kultuurilooline_kollektsioon, lk 24
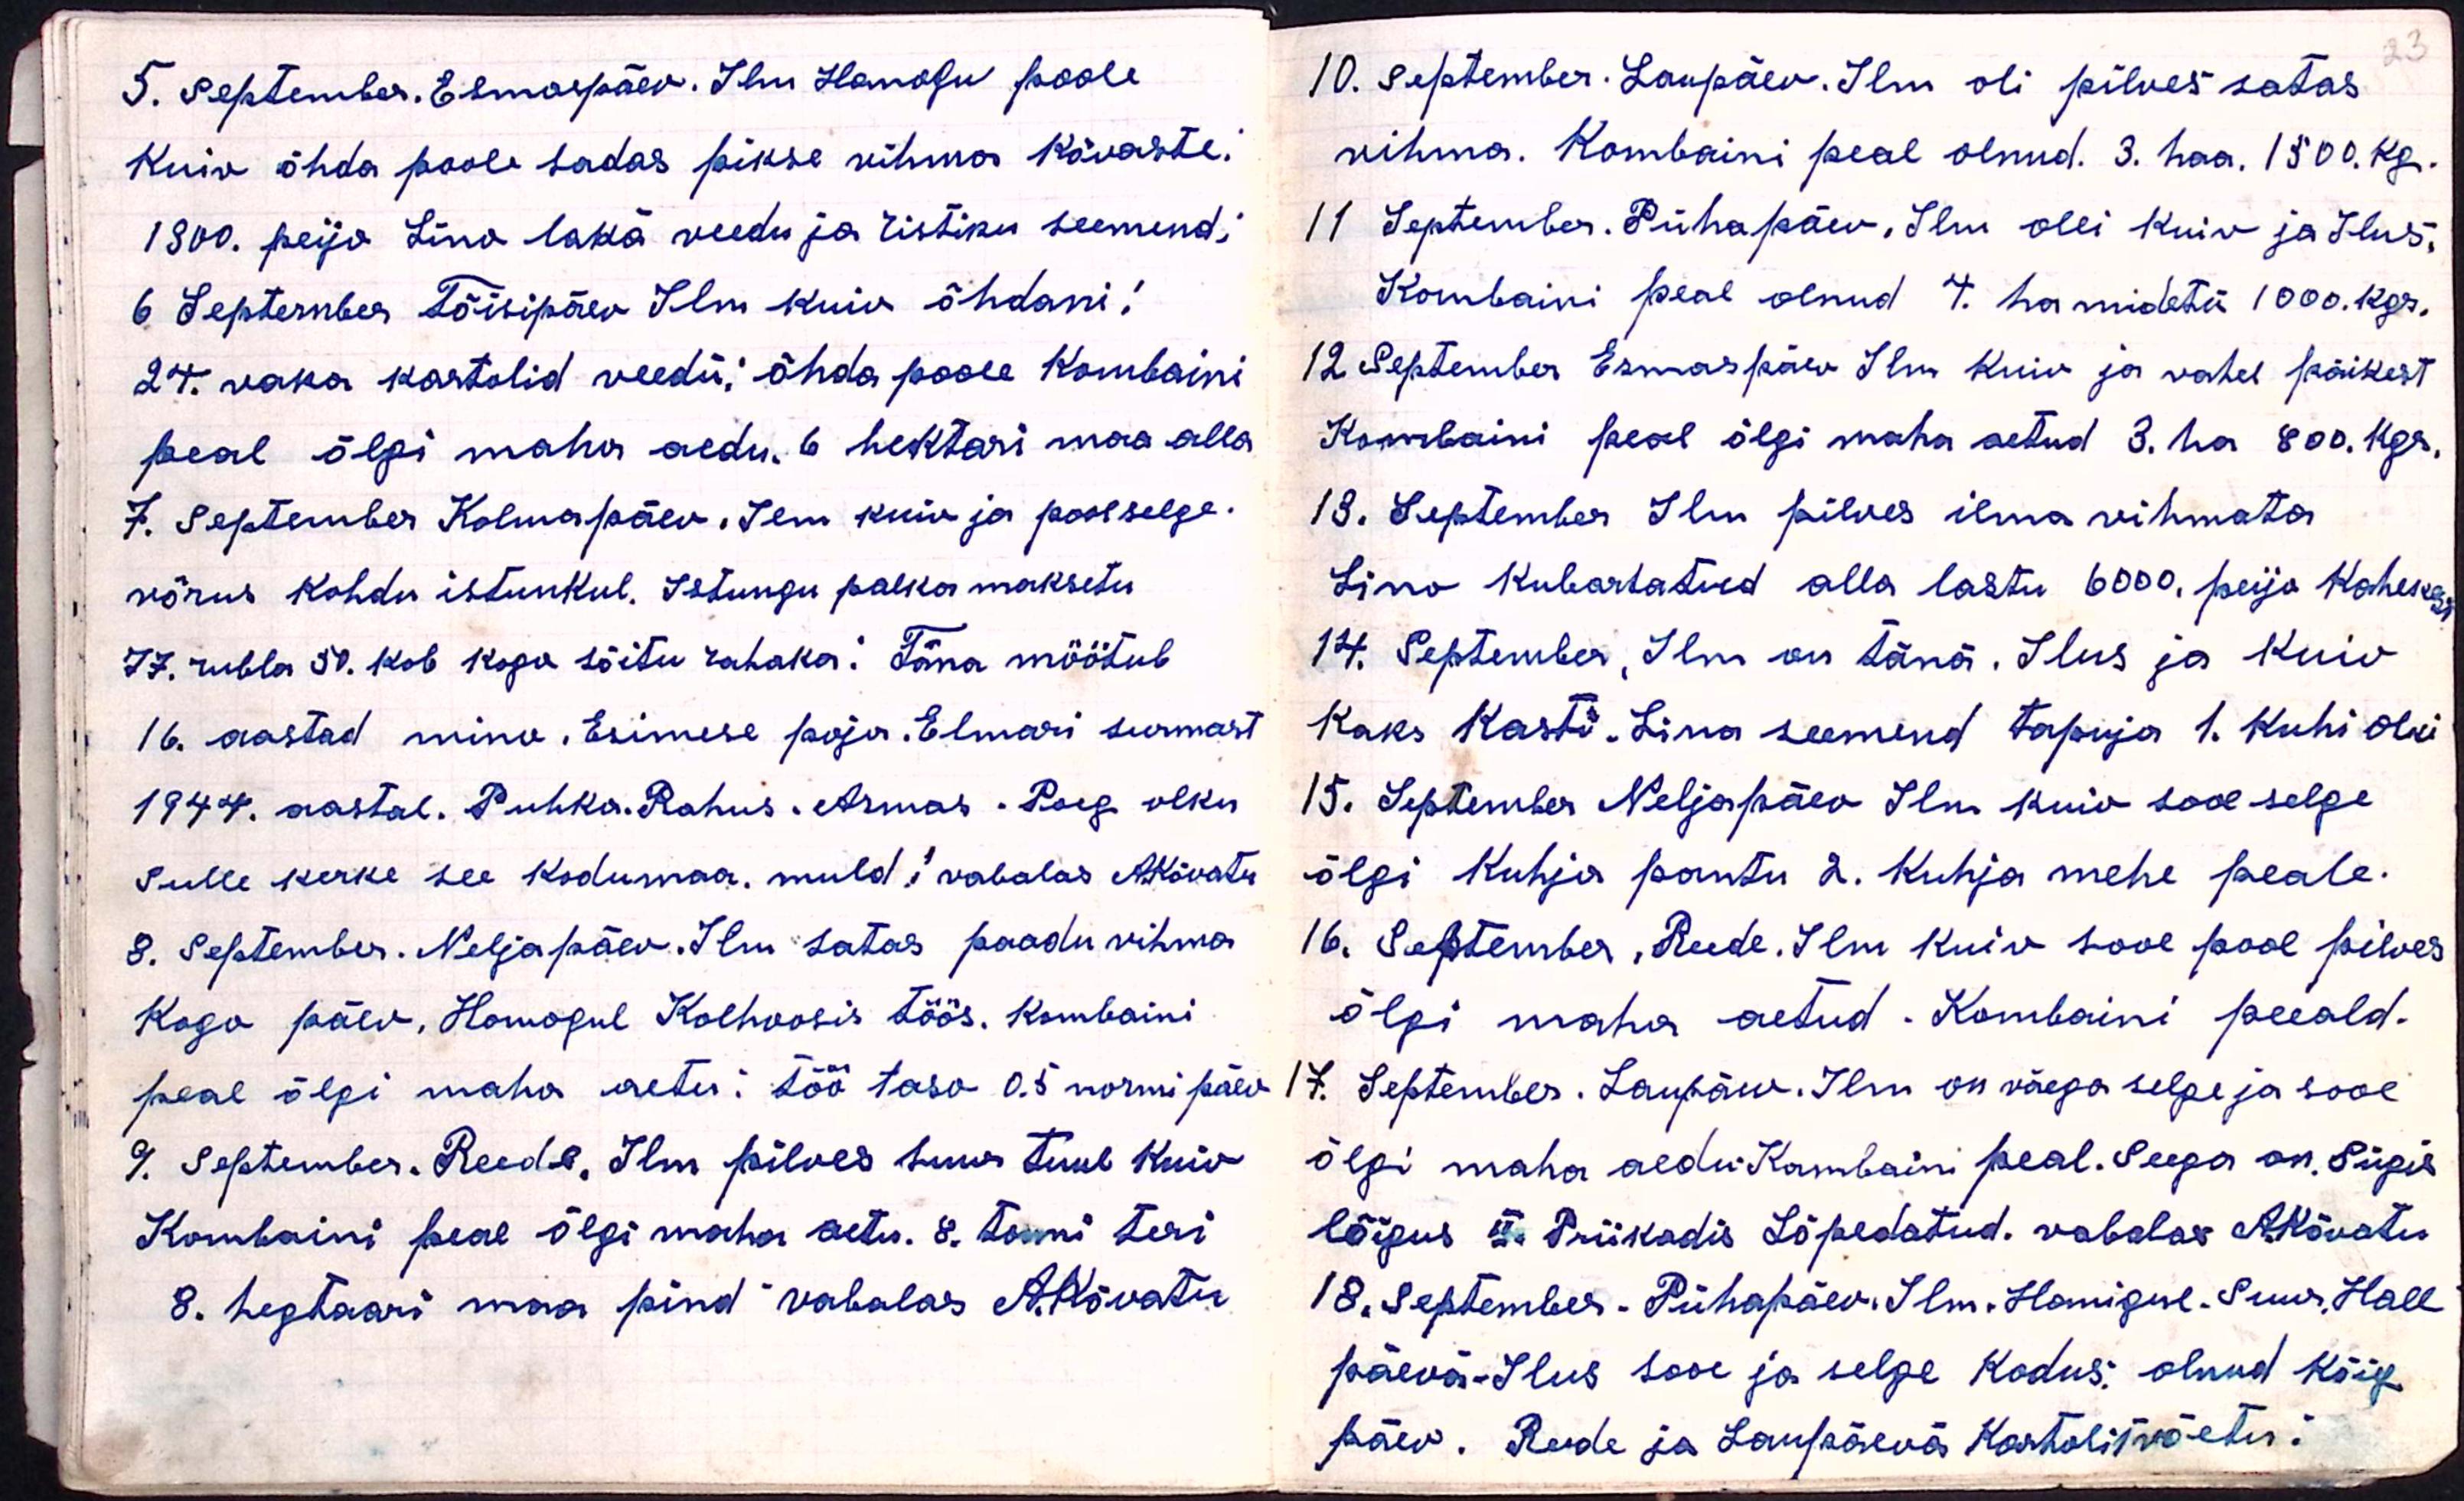
23

5. September, Esmaspäev. Ilm Homogu poole
kuiv õhda poole sadas pikse vihma kõvaste.
1800. peijo Lino lakä veedu ja ristiku seemend,
6 September Tõisipäev Ilm kuiv õhdani!
24. vaka kartolid veedü! õhda poole Kombaini
peal õlgi maha aedu. 6 hektari maa alla
7. September Kolmapäev. Ilm kuiv ja pool selge.
võrus kohdu istunkul. Istungu palka maksetu
77 rubla 50. kob kogu sõitu rahaka. Täna möötub
16. aastad mino. Esimese poja. Elmari surmast
1944. aastal. Puhka. Rahus. Armas. Poeg olku
Sulle kerke see kodumaa. muld!  vabalas AKõvatu
8. September. Neljapäev. Ilm satas paadu vihma
kogo päev. Homogul Kolhoosis töös. Kombaini
peal õlgi maha aetu. Töö taso 0.5 normi päev
9. September. Reede. Ilm pilves suur tuul kuiv
Kombaini peal õlgi maha aetu. 8. tonni teri
8. hegtaari maa pind vabalas A.Kõvatu

10. September. Laupäev. Ilm oli pilves satas
vihma. kombaini peal olnud. 3. haa. 1500. kg.
11 September. Pühapäev, Ilm olli kuiv ja Ilus.
Kombaini peal olnud 4. ha midetü 1000. kgr.
12 September Esmaspäev Ilm Kuiv ja vahel päikest
Kombaini peal õlgi maha aetud 3. ha 800. kgr
13. September Ilm pilves ilma vihmata
Lino kubartatud alla lastu 6000. peijo kaheksa
14. September, Ilm on tänä. Ilus ja kuiv
kaks kasti. Lina seemend tapuja 1. kuhi olki
15. September Neljapäev Ilm kuiv sooe selge
õlgi kuhja pantu 2. kuhja mehe peale.
16. September, Reede. Ilm kuiv sooe pool pilves
õlgi maha aetud. Kombaini peeald.
7. September. Laupäev. Ilm on väega selge ja sooe
õlgi maha aedu Kombaini peal. Seega on. Sügis
lõigus II. Priikadis Lõpedatud. vabalas AKõvatu
18. September. Pühapäev. Ilm. Homiguse Suur. Hall
päevä-Ilus sooe ja selge kodus: olnud kõige
päev. Reede ja Laupäevä Kartolit võetu: